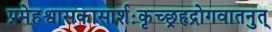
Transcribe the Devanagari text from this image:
प्रमेहश्वासकासार्शःकृच्छ्रहृद्रोगवातनुत्